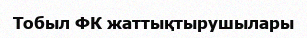
Тобыл ФК жаттықтырушылары